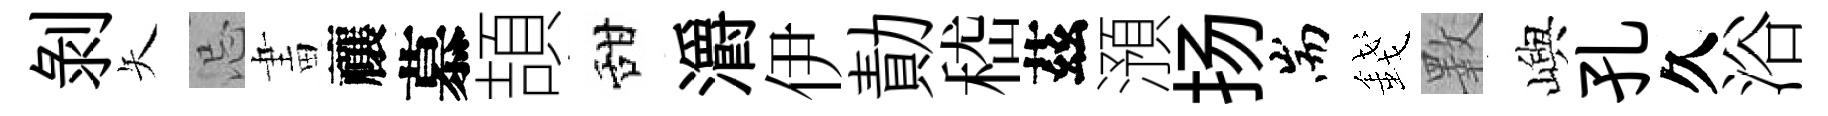
剝矢忌畫禳慕頡甜灂伊勣嵇茲澦扬耑錢斁嶼孔久浴